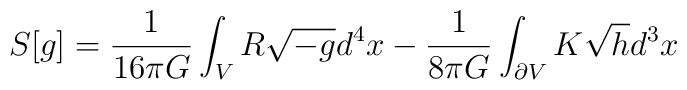
S[g]=\frac{1}{16\pi G}\int_{V} R\sqrt{-g}d^4x -\frac{1}{8\pi G}\int_{\partial V} K\sqrt{h}d^3x